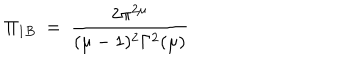
\Pi _ { 1 B } ~ = ~ \frac { 2 \pi ^ { 2 \mu } } { ( \mu - 1 ) ^ { 2 } \Gamma ^ { 2 } ( \mu ) }